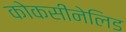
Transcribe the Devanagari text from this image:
कोकसीनेलिड